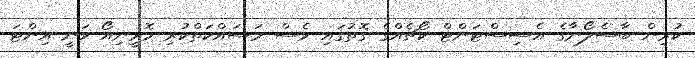
ކުރިން ބާސެލޯނާގެ އެސިސްޓަންޓް ކޯޗެއްގެ ގޮތުގައި ވެސް މަސައްކަތްކުރި މޮރީނިއޯ ވަނީ އިންޓަ